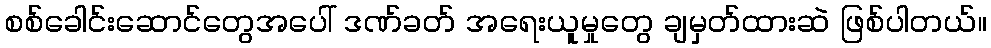
စစ်ခေါင်းဆောင်တွေအပေါ် ဒဏ်ခတ် အရေးယူမှုတွေ ချမှတ်ထားဆဲ ဖြစ်ပါတယ်။